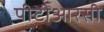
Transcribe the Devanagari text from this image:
पीटीआरसी